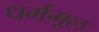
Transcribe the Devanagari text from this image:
धर्ममूल